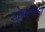
શોષણવાદી